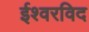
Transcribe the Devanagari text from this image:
ईश्वरविद